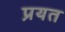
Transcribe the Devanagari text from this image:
प्रयत